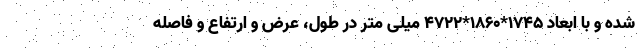
شده و با ابعاد ۱۷۴۵*۱۸۶۰*۴۷۲۲ میلی متر در طول، عرض و ارتفاع و فاصله